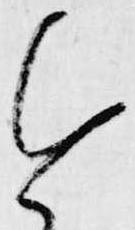
進